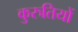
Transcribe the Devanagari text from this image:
कुरुतियों